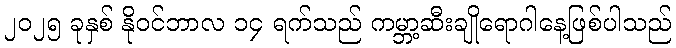
၂၀၂၅ ခုနှစ် နိုဝင်ဘာလ ၁၄ ရက်သည် ကမ္ဘာ့ဆီးချိုရောဂါနေ့ဖြစ်ပါသည်